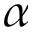
\alpha